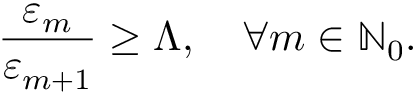
\frac { \varepsilon _ { m } } { \varepsilon _ { m + 1 } } \geq \Lambda , \quad \forall m \in \ensuremath { \mathbb { N } } _ { 0 } .